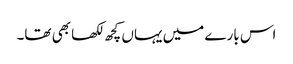
اس بارے میں یہاں کچھ لکھا بھی تھا۔